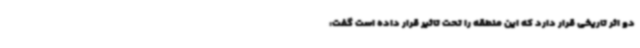
دو اثر تاریخی قرار دارد که این منطقه را تحت تاثیر قرار داده است گفت: